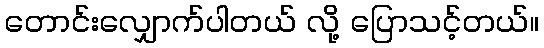
တောင်းလျှောက်ပါတယ် လို့ ပြောသင့်တယ်။